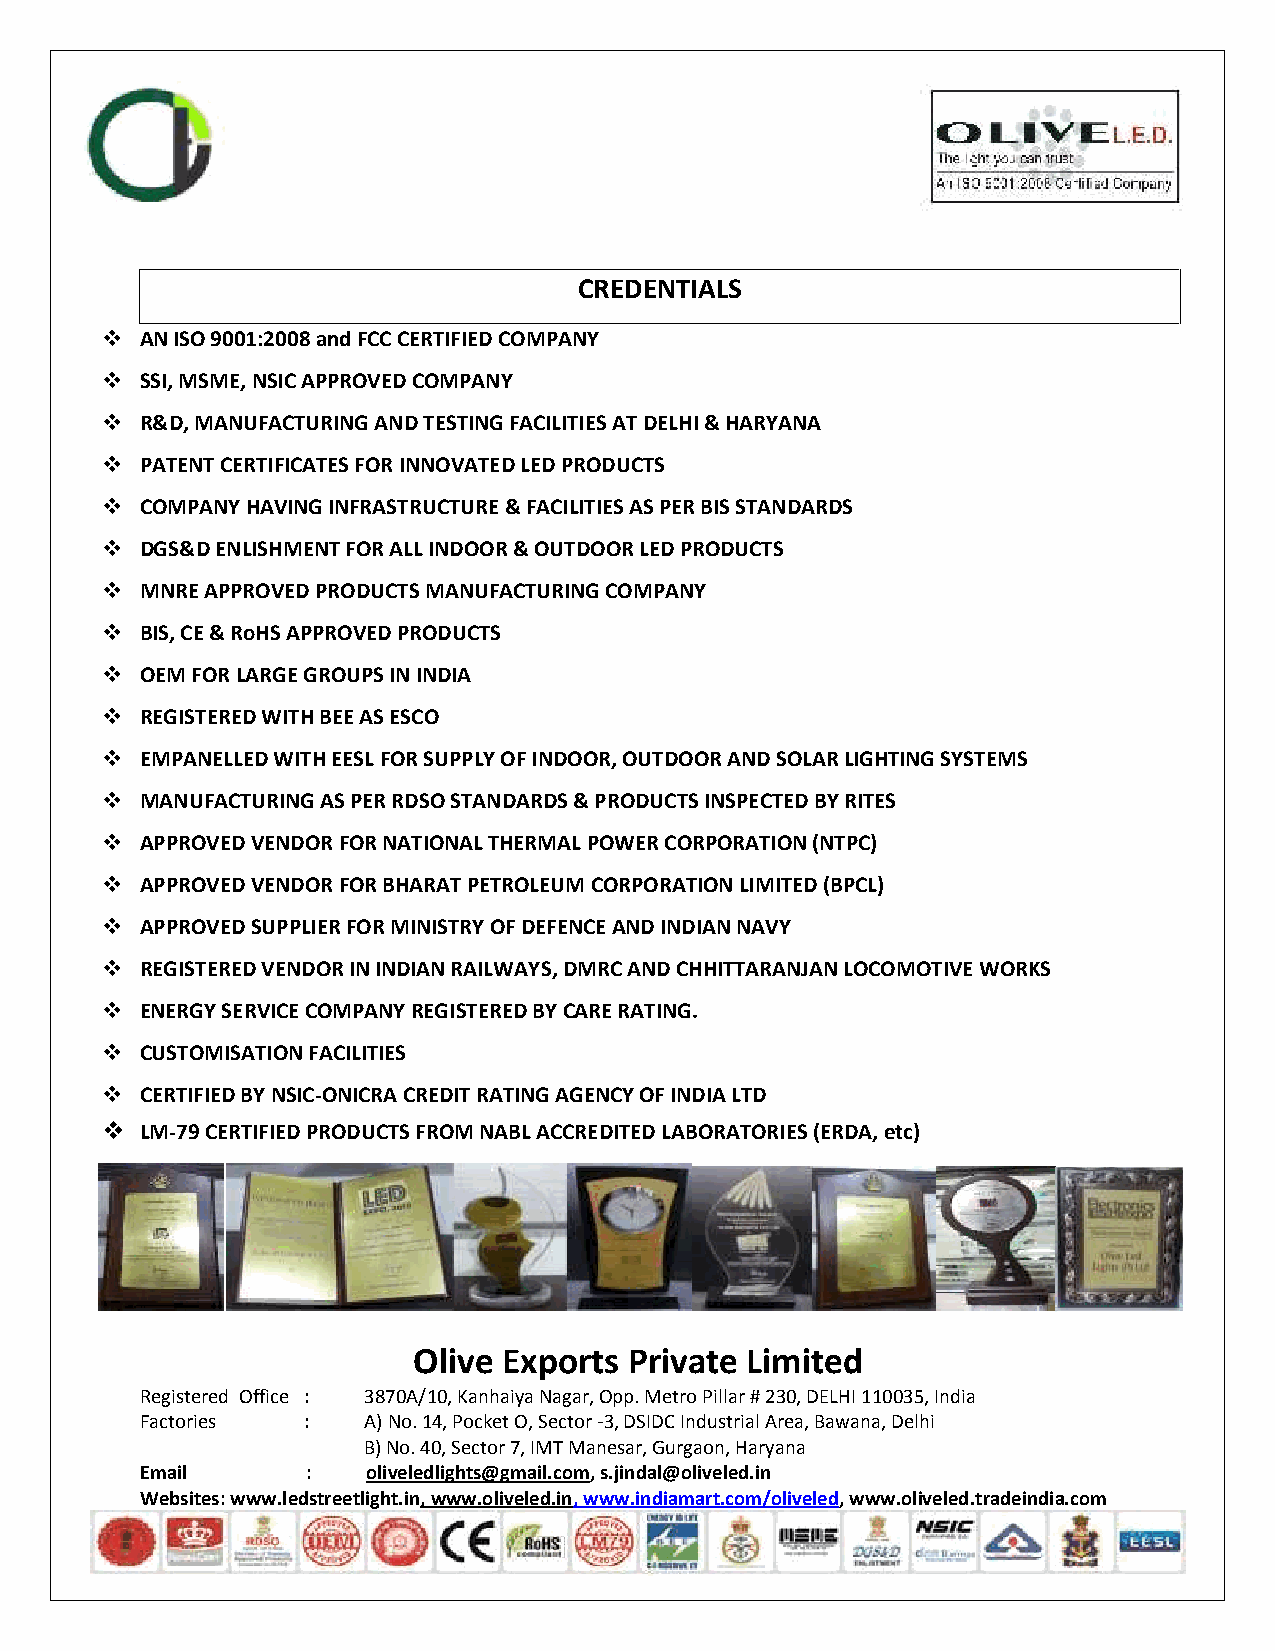
CREDENTIALS
  AN ISO 9001:2008and FCCCERTIFIED COMPANY
  SSI, MSME, NSIC APPROVED COMPANY
  R&D, MANUFACTURING AND TESTING FACILITIES ATDELHI & HARYANA
  PATENT CERTIFICATES FORINNOVATED LED PRODUCTS
  COMPANY HAVING INFRASTRUCTURE & FACILITIES ASPERBISSTANDARDS
  DGS&D ENLISHMENTFOR ALL INDOOR & OUTDOOR LED PRODUCTS
  MNREAPPROVEDPRODUCTSMANUFACTURING COMPANY
  BIS,CE & RoHS APPROVED PRODUCTS
  OEM FOR LARGE GROUPS ININDIA
  REGISTERED WITH BEE ASESCO
  EMPANELLED WITH EESLFOR SUPPLY OF INDOOR, OUTDOOR AND SOLAR LIGHTING SYSTEMS
  MANUFACTURINGAS PER RDSO STANDARDS & PRODUCTSINSPECTED BY RITES
  APPROVED VENDOR FOR NATIONAL THERMAL POWER CORPORATION (NTPC)
  APPROVED VENDOR FOR BHARAT PETROLEUM CORPORATION LIMITED (BPCL)
  APPROVEDSUPPLIERFORMINISTRY OF DEFENCEAND INDIAN NAVY
  REGISTERED VENDOR IN INDIAN RAILWAYS, DMRC AND CHHITTARANJAN LOCOMOTIVE WORKS
  ENERGY SERVICE COMPANYREGISTERED BYCARE RATING.
  CUSTOMISATION FACILITIES
  CERTIFIED BY NSIC-ONICRA CREDITRATING AGENCYOF INDIA LTD
  LM-79 CERTIFIED PRODUCTS FROM NABLACCREDITED LABORATORIES(ERDA, etc)
 Olive Exports  Private Limited
 Registered Office : 3870A/10, Kanhaiya Nagar, Opp. Metro Pillar # 230, DELHI 110035, India
 Factories  :   A)No.14, Pocket O, Sector-3, DSIDC Industrial Area, Bawana, Delhi
 B) No. 40, Sector 7, IMT Manesar, Gurgaon, Haryana
 Email      :   oliveledlights@gmail.com,s.jindal@oliveled.in
 Websites:www.ledstreetlight.in,www.oliveled.in, www.indiamart.com/oliveled,www.oliveled.tradeindia.com